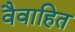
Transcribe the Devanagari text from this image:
वैवाहित